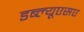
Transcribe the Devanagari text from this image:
डब्ल्यूएसए